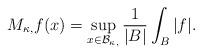
LaTeX: \begin{align*}M_{\kappa,}f(x)=\sup_{x\in \mathcal{B}_{\kappa,}}\frac 1{|B|}\int_{B}|f|.\end{align*}